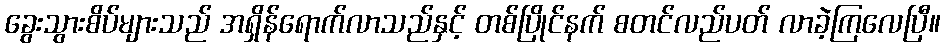
ခွေးသွားစိပ်များသည် အရှိန်ရောက်လာသည်နှင့် တစ်ပြိုင်နက် စတင်လည်ပတ် လာခဲ့ကြလေပြီ။